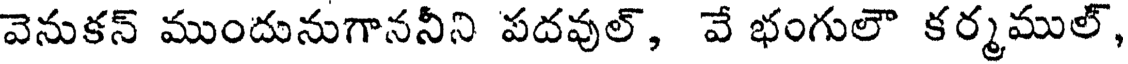
వెనుకన్ ముందునుగాననీని పదవుల్, వే భంగులౌ కర్మముల్,